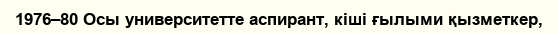
1976–80 Осы университетте аспирант, кіші ғылыми қызметкер,